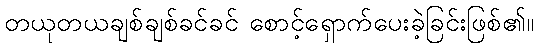
တယုတယချစ်ချစ်ခင်ခင် စောင့်ရှောက်ပေးခဲ့ခြင်းဖြစ်၏။